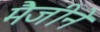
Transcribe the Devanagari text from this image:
मैजीने